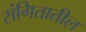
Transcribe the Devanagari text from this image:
संगितातील